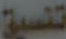
تنسيق